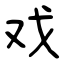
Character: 戏